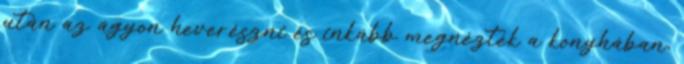
után az ágyon heverészni és inkább megnézték a konyhában,